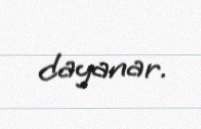
dayanar.